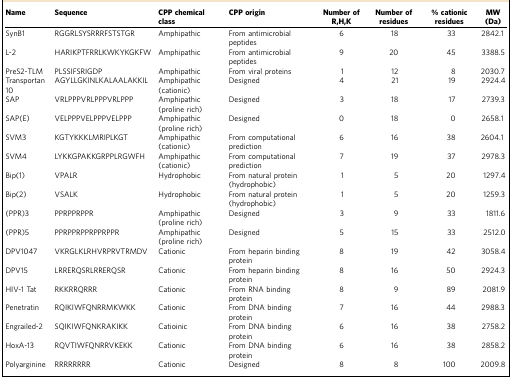
<table><thead><tr><td><b>Name</b></td><td><b>Sequence</b></td><td><b>CPP chemical class</b></td><td><b>CPP origin</b></td><td><b>Number of R,H,K</b></td><td><b>Number of residues</b></td><td><b>% cationic residues</b></td><td><b>MW (Da)</b></td></tr></thead><tbody><tr><td>SynB1</td><td>RGGRLSYSRRRFSTSTGR</td><td>Amphipathic</td><td>From antimicrobial peptides</td><td>6</td><td>18</td><td>33</td><td>2842.1</td></tr><tr><td>L-2</td><td>HARIKPTFRRLKWKYKGKFW</td><td>Amphipathic</td><td>From antimicrobial peptides</td><td>9</td><td>20</td><td>45</td><td>3388.5</td></tr><tr><td>PreS2-TLM</td><td>PLSSIFSRIGDP</td><td>Amphipathic</td><td>From viral proteins</td><td>1</td><td>12</td><td>8</td><td>2030.7</td></tr><tr><td>Transportan 10</td><td>AGYLLGKINLKALAALAKKIL</td><td>Amphipathic (cationic)</td><td>Designed</td><td>4</td><td>21</td><td>19</td><td>2924.4</td></tr><tr><td>SAP</td><td>VRLPPPVRLPPPVRLPPP</td><td>Amphipathic (proline rich)</td><td>Designed</td><td>3</td><td>18</td><td>17</td><td>2739.3</td></tr><tr><td>SAP(E)</td><td>VELPPPVELPPPVELPPP</td><td>Amphipathic (proline rich)</td><td>Designed</td><td>0</td><td>18</td><td>0</td><td>2658.1</td></tr><tr><td>SVM3</td><td>KGTYKKKLMRIPLKGT</td><td>Amphipathic (cationic)</td><td>From computational prediction</td><td>6</td><td>16</td><td>38</td><td>2604.1</td></tr><tr><td>SVM4</td><td>LYKKGPAKKGRPPLRGWFH</td><td>Amphipathic (cationic)</td><td>From computational prediction</td><td>7</td><td>19</td><td>37</td><td>2978.3</td></tr><tr><td>Bip(1)</td><td>VPALR</td><td>Hydrophobic</td><td>From natural protein (hydrophobic)</td><td>1</td><td>5</td><td>20</td><td>1297.4</td></tr><tr><td>Bip(2)</td><td>VSALK</td><td>Hydrophobic</td><td>From natural protein (hydrophobic)</td><td>1</td><td>5</td><td>20</td><td>1259.3</td></tr><tr><td>(PPR)3</td><td>PPRPPRPPR</td><td>Amphipathic (proline rich)</td><td>Designed</td><td>3</td><td>9</td><td>33</td><td>1811.6</td></tr><tr><td>(PPR)5</td><td>PPRPPRPPRPPRPPR</td><td>Amphipathic (proline rich)</td><td>Designed</td><td>5</td><td>15</td><td>33</td><td>2512.0</td></tr><tr><td>DPV1047</td><td>VKRGLKLRHVRPRVTRMDV</td><td>Cationic</td><td>From heparin binding protein</td><td>8</td><td>19</td><td>42</td><td>3058.4</td></tr><tr><td>DPV15</td><td>LRRERQSRLRRERQSR</td><td>Cationic</td><td>From heparin binding protein</td><td>8</td><td>16</td><td>50</td><td>2924.3</td></tr><tr><td>HIV-1 Tat</td><td>RKKRRQRRR</td><td>Cationic</td><td>From RNA binding protein</td><td>8</td><td>9</td><td>89</td><td>2081.9</td></tr><tr><td>Penetratin</td><td>RQIKIWFQNRRMKWKK</td><td>Cationic</td><td>From DNA binding protein</td><td>7</td><td>16</td><td>44</td><td>2988.3</td></tr><tr><td>Engrailed-2</td><td>SQIKIWFQNKRAKIKK</td><td>Catioinic</td><td>From DNA binding protein</td><td>6</td><td>16</td><td>38</td><td>2758.2</td></tr><tr><td>HoxA-13</td><td>RQVTIWFQNRRVKEKK</td><td>Cationic</td><td>From DNA binding protein</td><td>6</td><td>16</td><td>38</td><td>2858.2</td></tr><tr><td>Polyarginine</td><td>RRRRRRRR</td><td>Cationic</td><td>Designed</td><td>8</td><td>8</td><td>100</td><td>2009.8</td></tr></tbody></table>